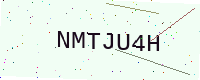
Text: NMTJU4H